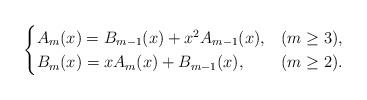
LaTeX: \begin{align*} \begin{cases} A_m(x)=B_{m-1}(x)+x^2A_{m-1}(x), &(m\ge 3),\\ B_m(x)=xA_{m}(x)+B_{m-1}(x), &(m\ge 2). \end{cases} \end{align*}